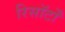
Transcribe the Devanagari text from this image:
रिसॉर्टों